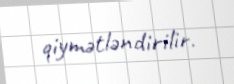
qiymətləndirilir.